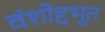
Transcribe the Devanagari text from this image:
वंशोद्दभूत